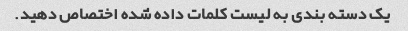
یک دسته بندی به لیست کلمات داده شده اختصاص دهید.